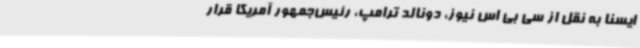
ایسنا به نقل از سی بی اس نیوز، دونالد ترامپ، رئیس‌جمهور آمریکا قرار